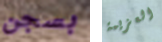
بسجن العزيمة